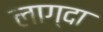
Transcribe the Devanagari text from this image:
लाग्दा